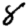
Digit: 8